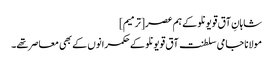
شاہانِ آق قویونلو کے ہم عصر[ترمیم]
مولانا جامی سلطنت آق قویونلو کے حکمرانوں کے بھی معاصر تھے۔